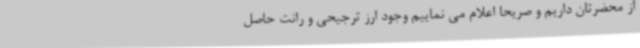
از محضرتان داریم و صریحا اعلام می نماییم وجود ارز ترجیحی و رانت حاصل